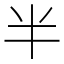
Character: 半